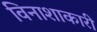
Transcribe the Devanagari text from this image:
विनाशाकारी